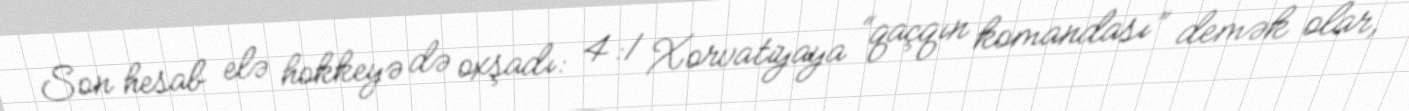
Son hesab elə hokkeyə də oxşadı: 4:1 Xorvatiyaya “qaçqın komandası” demək olar,